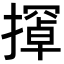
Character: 𫾇